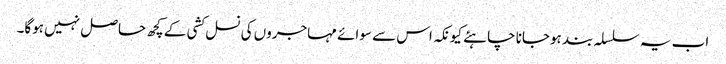
اب یہ سلسلہ بند ہوجانا چاہئے کیونکہ اس سے سوائے مہاجروں کی نسل کشی کے کچھ حاصل نہیں ہوگا۔